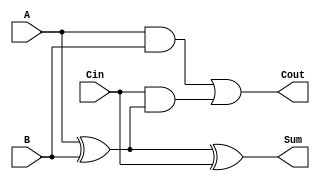
module full_adder (
    input wire A,      // First binary input
    input wire B,      // Second binary input
    input wire Cin,    // Carry-in input
    output wire Sum,   // Sum output
    output wire Cout   // Carry-out output
);

// Internal signals
wire A_xor_B;

// Calculate Sum using XOR
assign A_xor_B = A ^ B;      // A XOR B
assign Sum = A_xor_B ^ Cin;  // Sum = A XOR B XOR Cin

// Calculate Cout using AND and OR
assign Cout = (A & B) | (Cin & A_xor_B); // Cout = (A AND B) OR (Cin AND (A XOR B))

endmodule